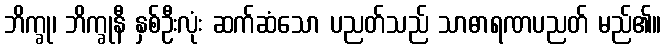
ဘိက္ခု၊ ဘိက္ခုနီ နှစ်ဦးလုံး ဆက်ဆံသော ပညတ်သည် သာဓာရဏပညတ် မည်၏။